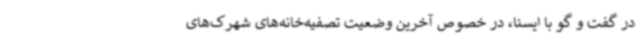
در گفت و گو با ایسنا، در خصوص آخرین وضعیت تصفیه‌خانه‌های شهرک‌های